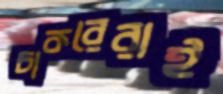
চাকরেরাই